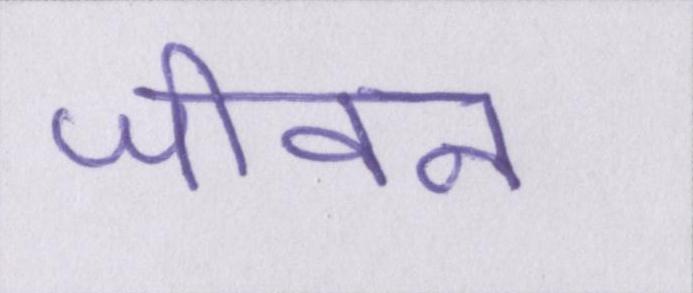
जीवन